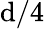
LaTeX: \mathrm{d}/4